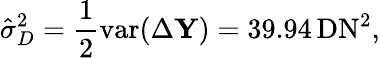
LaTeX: \hat{\sigma}_{D}^{2}=\frac{1}{2}\mathrm{var}(\Delta\mathbf Y)=39.94\, \mathrm{DN}^{2},